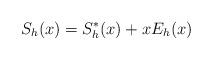
LaTeX: \begin{align*}S_h(x)= S^*_h(x) + xE_h(x)\end{align*}